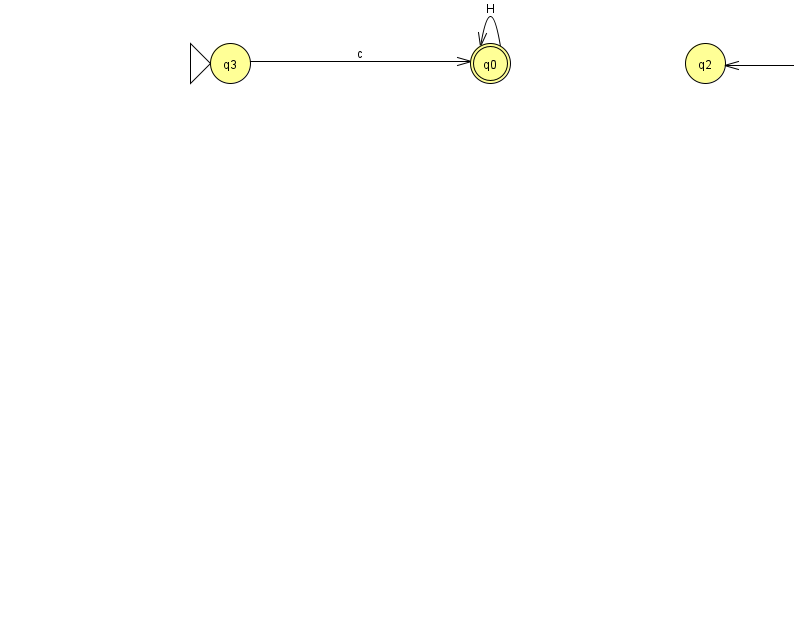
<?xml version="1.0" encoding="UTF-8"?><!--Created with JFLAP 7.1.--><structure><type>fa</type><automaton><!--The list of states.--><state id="0" name="q0"><x>490.0</x><y>50.0</y><final/></state><state id="1" name="q1"><x>966.0</x><y>50.0</y></state><state id="2" name="q2"><x>705.0</x><y>50.0</y></state><state id="3" name="q3"><x>230.0</x><y>50.0</y><initial/></state><!--The list of transitions.--><transition><from>1</from><to>2</to><read>j</read></transition><transition><from>0</from><to>0</to><read>H</read></transition><transition><from>3</from><to>0</to><read>c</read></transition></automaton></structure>